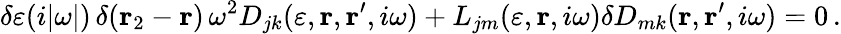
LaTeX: \delta\varepsilon(i|\omega|)\, \delta({\mathbf r}_{2}-{\mathbf r})\, \omega^{2}D_{jk}(\varepsilon,{\mathbf r},{\mathbf r}^{\prime},i\omega)+L_{jm}(\varepsilon,{\mathbf r},i\omega)\delta D_{mk}({\mathbf r},{\mathbf r}^{\prime},i\omega)=0\, .